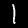
Digit: 1